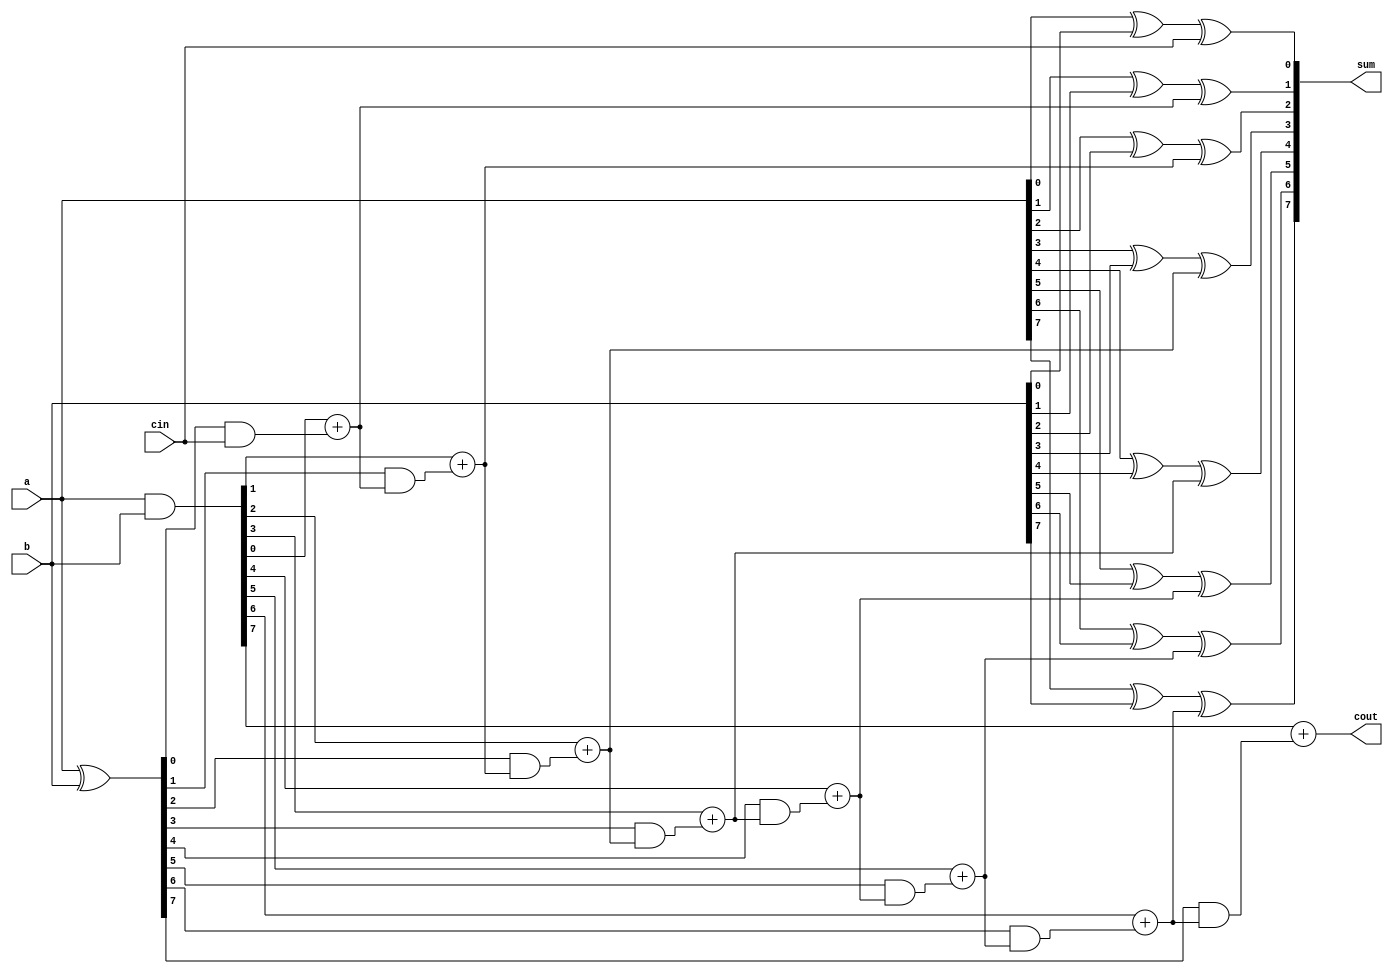
module lookAhead_adder(a,b,cin,cout,sum);

input [7:0]a,b; //taking two 8-bit inputs to find sum

input cin; // carry input
output cout; // carry output
output [7:0]sum; // giving result as 8-bit sum of a and b
genvar i;


wire [7:0] g,p,carries; // some wires of width 8-bit to ease calculation

assign g=a&b;
assign p=a^b;

assign carries[0]=cin;
assign carries[1]=g[0]+(p[0]&cin);
assign carries[2]=g[1]+(p[1]&(g[0]+(p[0]&cin)));
assign carries[3]=g[2]+(p[2]&(g[1]+(p[1]&(g[0]+(p[0]&cin)))));
assign carries[4]=g[3]+(p[3]&(g[2]+(p[2]&(g[1]+(p[1]&(g[0]+(p[0]&cin)))))));
assign carries[5]=g[4]+(p[4]&(g[3]+(p[3]&(g[2]+(p[2]&(g[1]+(p[1]&(g[0]+(p[0]&cin)))))))));
assign carries[6]=g[5]+(p[5]&(g[4]+(p[4]&(g[3]+(p[3]&(g[2]+(p[2]&(g[1]+(p[1]&(g[0]+(p[0]&cin)))))))))));
assign carries[7]=g[6]+(p[6]&(g[5]+(p[5]&(g[4]+(p[4]&(g[3]+(p[3]&(g[2]+(p[2]&(g[1]+(p[1]&(g[0]+(p[0]&cin)))))))))))));
assign cout=g[7]+(p[7]&(g[6]+(p[6]&(g[5]+(p[5]&(g[4]+(p[4]&(g[3]+(p[3]&(g[2]+(p[2]&(g[1]+(p[1]&(g[0]+(p[0]&cin)))))))))))))));

for (i = 0;i< 8;i=i+1 ) begin
     assign sum[i]=a[i]^b[i]^carries[i]; //assigning value to sum bitwise with respect to a,b and carry in
end





endmodule